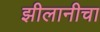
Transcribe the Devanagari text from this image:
झीलानीचा